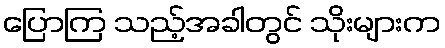
ပြောကြ သည့်အခါတွင် သိုးများက